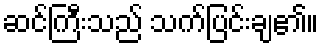
ဆင်ကြီးသည် သက်ပြင်းချ၏။